Vaccination in Bombay 1902-1912 - 1902-1912
Year: 1902
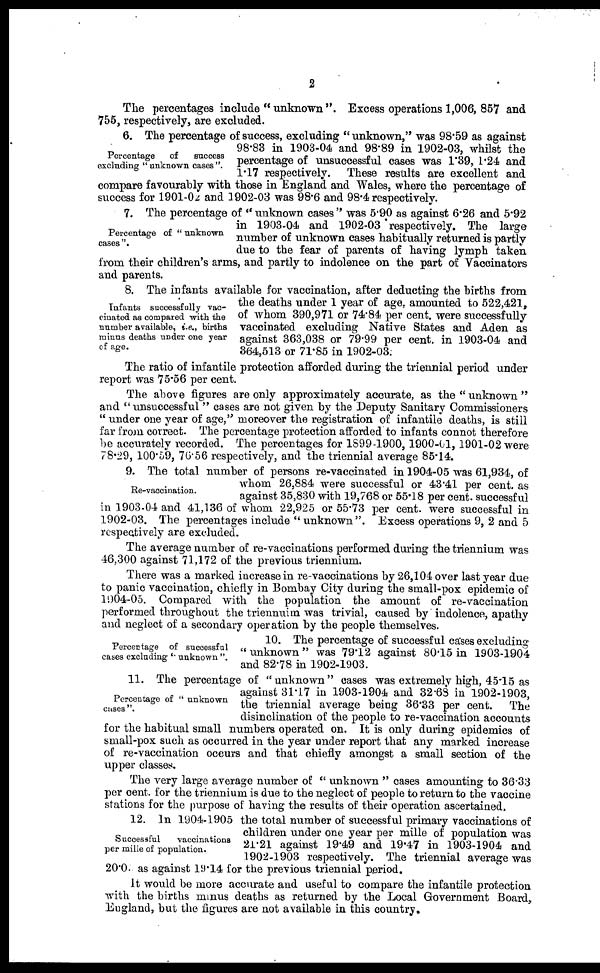
2
The percentages include "unknown". Excess operations 1,006, 857 and
755, respectively, are excluded.
Percentage
of
success
excluding " unknown cases ".
6. The percentage of success, excluding "unknown," was 98.59 as against
98.83 in 1903-04 and 98.89 in 1902-03, whilst the
percentage of unsuccessful cases was 1.39, 1.24 and
1.17 respectively. These results are excellent and
compare favourably with those in England and Wales, where the percentage of
success for 1901-02 and 1902-03 was 98.6 and 98.4 respectively.
Percentage of " unknown
cases".
7. The percentage of "unknown cases" was 5.90 as against 6.26 and 5.92
in 1903-04 and 1902-03 respectively. The large
number of unknown cases habitually returned is partly
due to the fear of parents of having lymph taken
from their children's arms, and partly to indolence on the part of Vaccinators
and parents.
Infants successfully vac-
cinated as compared with the
number available, i.e., births
minus deaths under one year
of age.
8. The infants available for vaccination, after deducting the births from
the deaths under 1 year of age, amounted to 522,421,
of whom 390,971 or 74.84 per cent. were successfully
vaccinated excluding Native States and Aden as
against 363,038 or 79.99 per cent. in 1903-04 and
364,513 or 71.85 in 1902-03.
The ratio of infantile protection afforded during the triennial period under
report was 75.56 per cent.
The above figures are only approximately accurate, as the "unknown"
and ''unsuccessful" cases are not given by the Deputy Sanitary Commissioners
"under one year of age," moreover the registration of infantile deaths, is still
far from correct. The percentage protection afforded to infants connot therefore
be accurately recorded. The percentages for 1899-1900, 1900-01, 1901-02 were
78.29, 100.59, 76.56 respectively, and the triennial average 85.14.
Re-vaccination.
9. The total number of persons re-vaccinated in 1904-05 was 61,934, of
whom 26,884 were successful or 43.41 per cent. as
against 35,830 with 19,768 or 55.18 per cent. successful
in 1903-04 and 41,136 of whom 22,925 or 55.73 per cent. were successful in
1902-03. The percentages include "unknown". Excess operations 9, 2 and 5
respectively are excluded.
The average number of re-vaccinations performed during the triennium was
46,300 against 71,172 of the previous triennium.
There was a marked increase in re-vaccinations by 26,104 over last year due
to panic vaccination, chiefly in Bombay City during the small-pox epidemic of
1904-05. Compared with the population the amount of re-vaccination
performed throughout the triennuim was trivial, caused by indolence, apathy
and neglect of a secondary operation by the people themselves.
Percentage of successful
cases excluding ''unknown ".
10. The percentage of successful cases excluding
''unknown" was 79.12 against 80.15 in 1903-1904
and 82.78 in 1902-1903.
Percentage of "unknown
cases ".
11. The percentage of "unknown" cases was extremely high, 45.15 as
against 31.17 in 1903-1904 and 32.68 in 1902-1903,
the triennial average being 36.33 per cent. The
disinclination of the people to re-vaccination accounts
for the habitual small numbers operated on. It is only during epidemics of
small-pox such as occurred in the year under report that any marked increase
of re-vaccination occurs and that chiefly amongst a small section of the
upper classes.
Successful
vaccinations
per mille of population.
The very large average number of "unknown" cases amounting to 36.33
per cent. for the triennium is due to the neglect of people to return to the vaccine
stations for the purpose of having the results of their operation ascertained,
12. In 1904-1905 the total number of successful primary vaccinations of
children under one year per mille of population was
21.21 against 19.49 and 19.47 in 1903-1904 and
1902-1903 respectively. The triennial average was
20.0 as against 19.14 for the previous triennial period.
It would be more accurate and useful to compare the infantile protection
with the births minus deaths as returned by the Local Government Board,
England, but the figures are not available in this country.